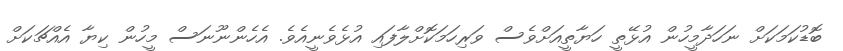
ބޮޑުކަމަކަށް ނަހަދާމީހުން އުޅޭތީ ހަޔާތީއަށްވެސް ވަރިހަމަކޮށްލާފައި އުޅެވެނީއެވެ. އެހެންނޫނަސް މީހުން ކިޔާ އެއްޗަކަށް